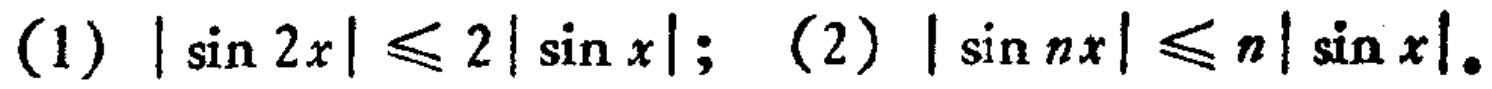
(1) \(|\sin 2x|\leqslant 2|\sin x|\); (2) \(|\sin nx|\leqslant n|\sin x|\).